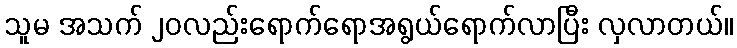
သူမ အသက် ၂၀လည်းရောက်ရောအရွယ်ရောက်လာပြီး လှလာတယ်။